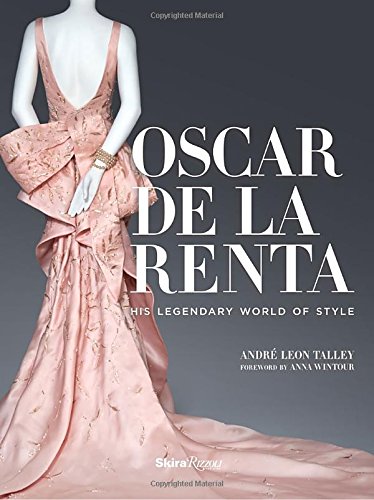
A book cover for Oscar de la Renta: His Legendary World of Style; Andre Leon Talley; Humor & Entertainment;